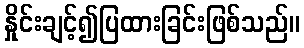
နှိုင်းချင့်၍ပြထားခြင်းဖြစ်သည်။